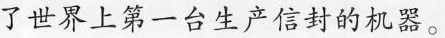
了世界上第一台生产信封的机器。